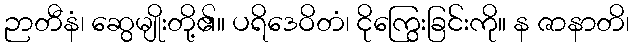
ဉာတီနံ၊ ဆွေမျိုးတို့၏။ ပရိဒေဝိတံ၊ ငိုကြွေးခြင်းကို။ န ဇာနာတိ၊